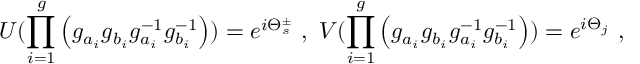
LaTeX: U ( \prod _ { i = 1 } ^ { g } \left( g _ { a _ { i } } ^ { ~ } g _ { b _ { i } } ^ { ~ } g _ { a _ { i } } ^ { - 1 } g _ { b _ { i } } ^ { - 1 } \right) ) = e ^ { i \Theta _ { s } ^ { \pm } } ~ , ~ V ( \prod _ { i = 1 } ^ { g } \left( g _ { a _ { i } } ^ { ~ } g _ { b _ { i } } ^ { ~ } g _ { a _ { i } } ^ { - 1 } g _ { b _ { i } } ^ { - 1 } \right) ) = e ^ { i \Theta _ { j } } ~ ,